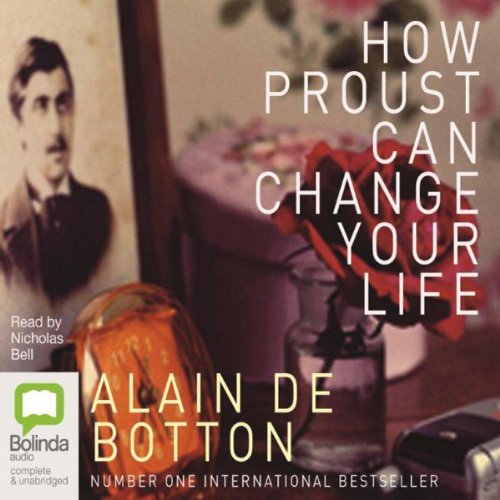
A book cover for How Proust Can Change Your Life; Alain de Botton; Humor & Entertainment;